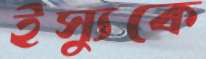
ইস্যুকে